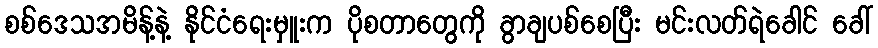
စစ်ဒေသအမိန့်နဲ့ နိုင်ငံရေးမှူးက ပိုစတာတွေကို ခွာချပစ်စေပြီး မင်းလတ်ရဲခေါင် ခေါ်